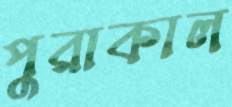
পুরাকাল